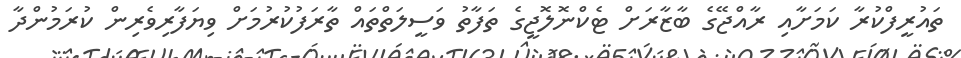
ތައުރީފްކުރާ ކަމަށާއި ރާއްޖޭގެ ބާޒާރަށް ޓެކްނޮލޮޖީގެ ތަފާތު ވަސީލަތްތައް ތާރަފުކުރުމަށް ވިޔަފާރިވެރިން ކުރަމުންދާ